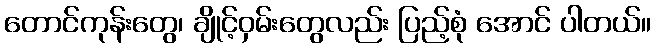
တောင်ကုန်းတွေ၊ ချိုင့်ဝှမ်းတွေလည်း ပြည့်စုံ အောင် ပါတယ်။